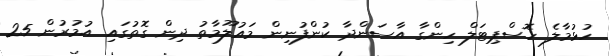
ހުޅުމާލެ ހޮސްޕިޓަލް ހިންގާ އާސަންދާ ކުންފުނިން މައުލޫމާތު ދިން ގޮތުގައި އުމުރުން 25